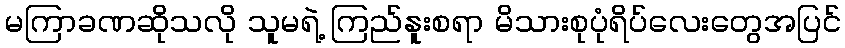
မကြာခဏဆိုသလို သူမရဲ့ ကြည်နူးစရာ မိသားစုပုံရိပ်လေးတွေအပြင်